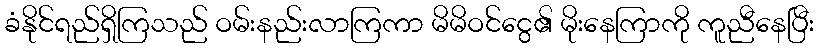
ခံနိုင်ရည်ရှိကြသည် ဝမ်းနည်းလာကြကာ မိမိဝင်ငွေ၏ မိုးနေကြာကို ကူညီနေပြီး